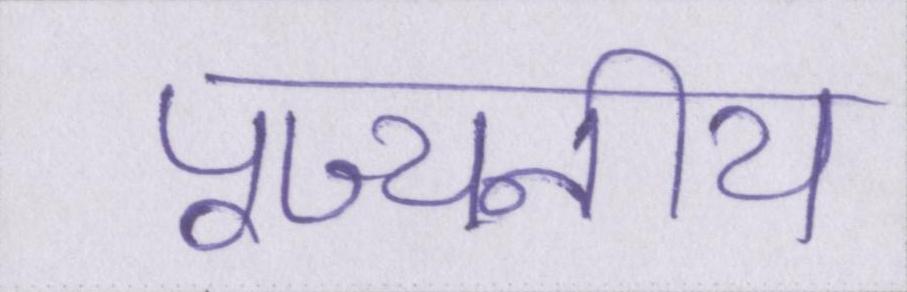
पूज्यनीय